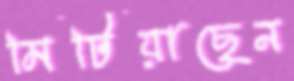
মিটিয়াছেন